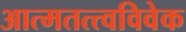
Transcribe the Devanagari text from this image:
आत्मतत्त्वविवेक